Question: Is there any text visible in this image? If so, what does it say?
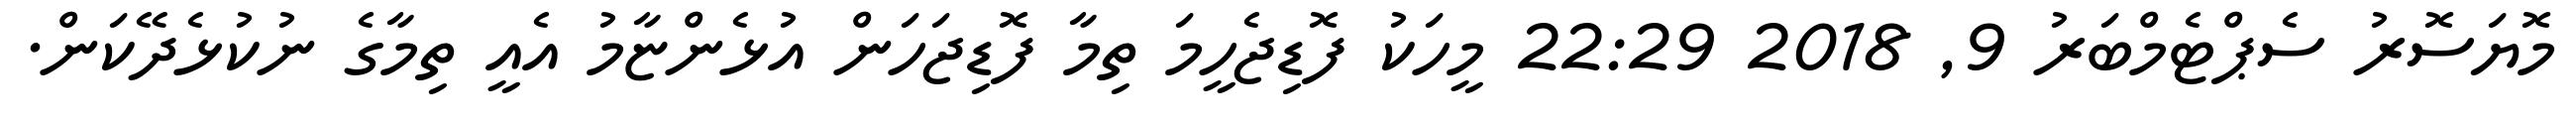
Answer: މޮޔަސޮރު ސެޕްޓެމްބަރު 9, 2018 22:29 މީހަކު ފޮޑިޖެހީމަ ތިމާ ފޮޑިޖަހަން އުޅެންޏާމު އެއީ ތިމާގެ ނުކުޅެދޭކަން.